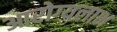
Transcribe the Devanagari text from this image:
आरोग्यलाभ